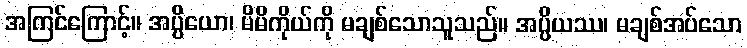
အကြင်ကြောင့်။ အပ္ပိယော၊ မိမိကိုယ်ကို မချစ်သောသူသည်။ အပ္ပိယဿ၊ မချစ်အပ်သော